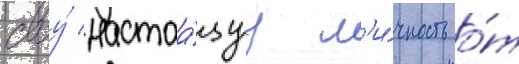
своу́ настоа́щуу л'и́чность о́т